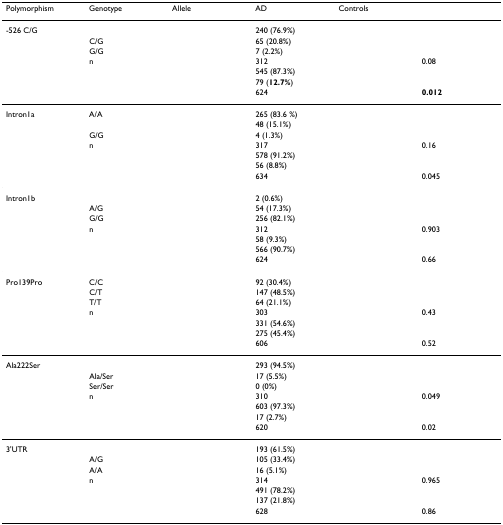
<table><thead><tr><td><b>Polymorphism</b></td><td><b>Genotype</b></td><td><b>Allele</b></td><td><b>AD</b></td><td><b>Controls</b></td><td>[EMPTY_CELL]</td></tr></thead><tbody><tr><td>-526 C/G</td><td>[EMPTY_CELL]</td><td>[EMPTY_CELL]</td><td>240 (76.9%)</td><td>[EMPTY_CELL]</td><td>[EMPTY_CELL]</td></tr><tr><td>[EMPTY_CELL]</td><td>C/G</td><td>[EMPTY_CELL]</td><td>65 (20.8%)</td><td>[EMPTY_CELL]</td><td>[EMPTY_CELL]</td></tr><tr><td>[EMPTY_CELL]</td><td>G/G</td><td>[EMPTY_CELL]</td><td>7 (2.2%)</td><td>[EMPTY_CELL]</td><td>[EMPTY_CELL]</td></tr><tr><td>[EMPTY_CELL]</td><td>n</td><td>[EMPTY_CELL]</td><td>312</td><td>[EMPTY_CELL]</td><td>0.08</td></tr><tr><td>[EMPTY_CELL]</td><td>[EMPTY_CELL]</td><td>[EMPTY_CELL]</td><td>545 (87.3%)</td><td>[EMPTY_CELL]</td><td>[EMPTY_CELL]</td></tr><tr><td>[EMPTY_CELL]</td><td>[EMPTY_CELL]</td><td>[EMPTY_CELL]</td><td>79 (<b>12.7%</b>)</td><td>[EMPTY_CELL]</td><td>[EMPTY_CELL]</td></tr><tr><td>[EMPTY_CELL]</td><td>[EMPTY_CELL]</td><td>[EMPTY_CELL]</td><td>624</td><td>[EMPTY_CELL]</td><td><b>0.012</b></td></tr><tr><td>Intron1a</td><td>A/A</td><td>[EMPTY_CELL]</td><td>265 (83.6 %)</td><td>[EMPTY_CELL]</td><td>[EMPTY_CELL]</td></tr><tr><td>[EMPTY_CELL]</td><td>[EMPTY_CELL]</td><td>[EMPTY_CELL]</td><td>48 (15.1%)</td><td>[EMPTY_CELL]</td><td>[EMPTY_CELL]</td></tr><tr><td>[EMPTY_CELL]</td><td>G/G</td><td>[EMPTY_CELL]</td><td>4 (1.3%)</td><td>[EMPTY_CELL]</td><td>[EMPTY_CELL]</td></tr><tr><td>[EMPTY_CELL]</td><td>n</td><td>[EMPTY_CELL]</td><td>317</td><td>[EMPTY_CELL]</td><td>0.16</td></tr><tr><td>[EMPTY_CELL]</td><td>[EMPTY_CELL]</td><td>[EMPTY_CELL]</td><td>578 (91.2%)</td><td>[EMPTY_CELL]</td><td>[EMPTY_CELL]</td></tr><tr><td>[EMPTY_CELL]</td><td>[EMPTY_CELL]</td><td>[EMPTY_CELL]</td><td>56 (8.8%)</td><td>[EMPTY_CELL]</td><td>[EMPTY_CELL]</td></tr><tr><td>[EMPTY_CELL]</td><td>[EMPTY_CELL]</td><td>[EMPTY_CELL]</td><td>634</td><td>[EMPTY_CELL]</td><td>0.045</td></tr><tr><td>Intron1b</td><td>[EMPTY_CELL]</td><td>[EMPTY_CELL]</td><td>2 (0.6%)</td><td>[EMPTY_CELL]</td><td>[EMPTY_CELL]</td></tr><tr><td>[EMPTY_CELL]</td><td>A/G</td><td>[EMPTY_CELL]</td><td>54 (17.3%)</td><td>[EMPTY_CELL]</td><td>[EMPTY_CELL]</td></tr><tr><td>[EMPTY_CELL]</td><td>G/G</td><td>[EMPTY_CELL]</td><td>256 (82.1%)</td><td>[EMPTY_CELL]</td><td>[EMPTY_CELL]</td></tr><tr><td>[EMPTY_CELL]</td><td>n</td><td>[EMPTY_CELL]</td><td>312</td><td>[EMPTY_CELL]</td><td>0.903</td></tr><tr><td>[EMPTY_CELL]</td><td>[EMPTY_CELL]</td><td>[EMPTY_CELL]</td><td>58 (9.3%)</td><td>[EMPTY_CELL]</td><td>[EMPTY_CELL]</td></tr><tr><td>[EMPTY_CELL]</td><td>[EMPTY_CELL]</td><td>[EMPTY_CELL]</td><td>566 (90.7%)</td><td>[EMPTY_CELL]</td><td>[EMPTY_CELL]</td></tr><tr><td>[EMPTY_CELL]</td><td>[EMPTY_CELL]</td><td>[EMPTY_CELL]</td><td>624</td><td>[EMPTY_CELL]</td><td>0.66</td></tr><tr><td>Pro139Pro</td><td>C/C</td><td>[EMPTY_CELL]</td><td>92 (30.4%)</td><td>[EMPTY_CELL]</td><td>[EMPTY_CELL]</td></tr><tr><td>[EMPTY_CELL]</td><td>C/T</td><td>[EMPTY_CELL]</td><td>147 (48.5%)</td><td>[EMPTY_CELL]</td><td>[EMPTY_CELL]</td></tr><tr><td>[EMPTY_CELL]</td><td>T/T</td><td>[EMPTY_CELL]</td><td>64 (21.1%)</td><td>[EMPTY_CELL]</td><td>[EMPTY_CELL]</td></tr><tr><td>[EMPTY_CELL]</td><td>n</td><td>[EMPTY_CELL]</td><td>303</td><td>[EMPTY_CELL]</td><td>0.43</td></tr><tr><td>[EMPTY_CELL]</td><td>[EMPTY_CELL]</td><td>[EMPTY_CELL]</td><td>331 (54.6%)</td><td>[EMPTY_CELL]</td><td>[EMPTY_CELL]</td></tr><tr><td>[EMPTY_CELL]</td><td>[EMPTY_CELL]</td><td>[EMPTY_CELL]</td><td>275 (45.4%)</td><td>[EMPTY_CELL]</td><td>[EMPTY_CELL]</td></tr><tr><td>[EMPTY_CELL]</td><td>[EMPTY_CELL]</td><td>[EMPTY_CELL]</td><td>606</td><td>[EMPTY_CELL]</td><td>0.52</td></tr><tr><td>Ala222Ser</td><td>[EMPTY_CELL]</td><td>[EMPTY_CELL]</td><td>293 (94.5%)</td><td>[EMPTY_CELL]</td><td>[EMPTY_CELL]</td></tr><tr><td>[EMPTY_CELL]</td><td>Ala/Ser</td><td>[EMPTY_CELL]</td><td>17 (5.5%)</td><td>[EMPTY_CELL]</td><td>[EMPTY_CELL]</td></tr><tr><td>[EMPTY_CELL]</td><td>Ser/Ser</td><td>[EMPTY_CELL]</td><td>0 (0%)</td><td>[EMPTY_CELL]</td><td>[EMPTY_CELL]</td></tr><tr><td>[EMPTY_CELL]</td><td>n</td><td>[EMPTY_CELL]</td><td>310</td><td>[EMPTY_CELL]</td><td>0.049</td></tr><tr><td>[EMPTY_CELL]</td><td>[EMPTY_CELL]</td><td>[EMPTY_CELL]</td><td>603 (97.3%)</td><td>[EMPTY_CELL]</td><td>[EMPTY_CELL]</td></tr><tr><td>[EMPTY_CELL]</td><td>[EMPTY_CELL]</td><td>[EMPTY_CELL]</td><td>17 (2.7%)</td><td>[EMPTY_CELL]</td><td>[EMPTY_CELL]</td></tr><tr><td>[EMPTY_CELL]</td><td>[EMPTY_CELL]</td><td>[EMPTY_CELL]</td><td>620</td><td>[EMPTY_CELL]</td><td>0.02</td></tr><tr><td>3'UTR</td><td>[EMPTY_CELL]</td><td>[EMPTY_CELL]</td><td>193 (61.5%)</td><td>[EMPTY_CELL]</td><td>[EMPTY_CELL]</td></tr><tr><td>[EMPTY_CELL]</td><td>A/G</td><td>[EMPTY_CELL]</td><td>105 (33.4%)</td><td>[EMPTY_CELL]</td><td>[EMPTY_CELL]</td></tr><tr><td>[EMPTY_CELL]</td><td>A/A</td><td>[EMPTY_CELL]</td><td>16 (5.1%)</td><td>[EMPTY_CELL]</td><td>[EMPTY_CELL]</td></tr><tr><td>[EMPTY_CELL]</td><td>n</td><td>[EMPTY_CELL]</td><td>314</td><td>[EMPTY_CELL]</td><td>0.965</td></tr><tr><td>[EMPTY_CELL]</td><td>[EMPTY_CELL]</td><td>[EMPTY_CELL]</td><td>491 (78.2%)</td><td>[EMPTY_CELL]</td><td>[EMPTY_CELL]</td></tr><tr><td>[EMPTY_CELL]</td><td>[EMPTY_CELL]</td><td>[EMPTY_CELL]</td><td>137 (21.8%)</td><td>[EMPTY_CELL]</td><td>[EMPTY_CELL]</td></tr><tr><td>[EMPTY_CELL]</td><td>[EMPTY_CELL]</td><td>[EMPTY_CELL]</td><td>628</td><td>[EMPTY_CELL]</td><td>0.86</td></tr></tbody></table>